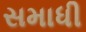
સમાધી